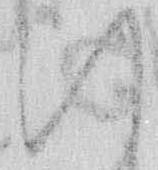
い